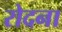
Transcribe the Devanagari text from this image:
रोदना